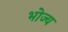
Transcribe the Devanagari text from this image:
भोज्‍य